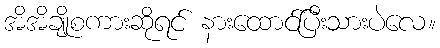
အိအိချိုစကားဆိုရင် နားထောင်ပြီးသားပဲလေ။